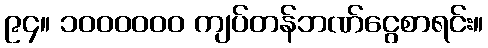
၉၄။ ၁၀၀၀၀၀၀ ကျပ်တန်ဘဏ်ငွေစာရင်း။